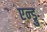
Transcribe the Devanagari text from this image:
एन्ड्रु